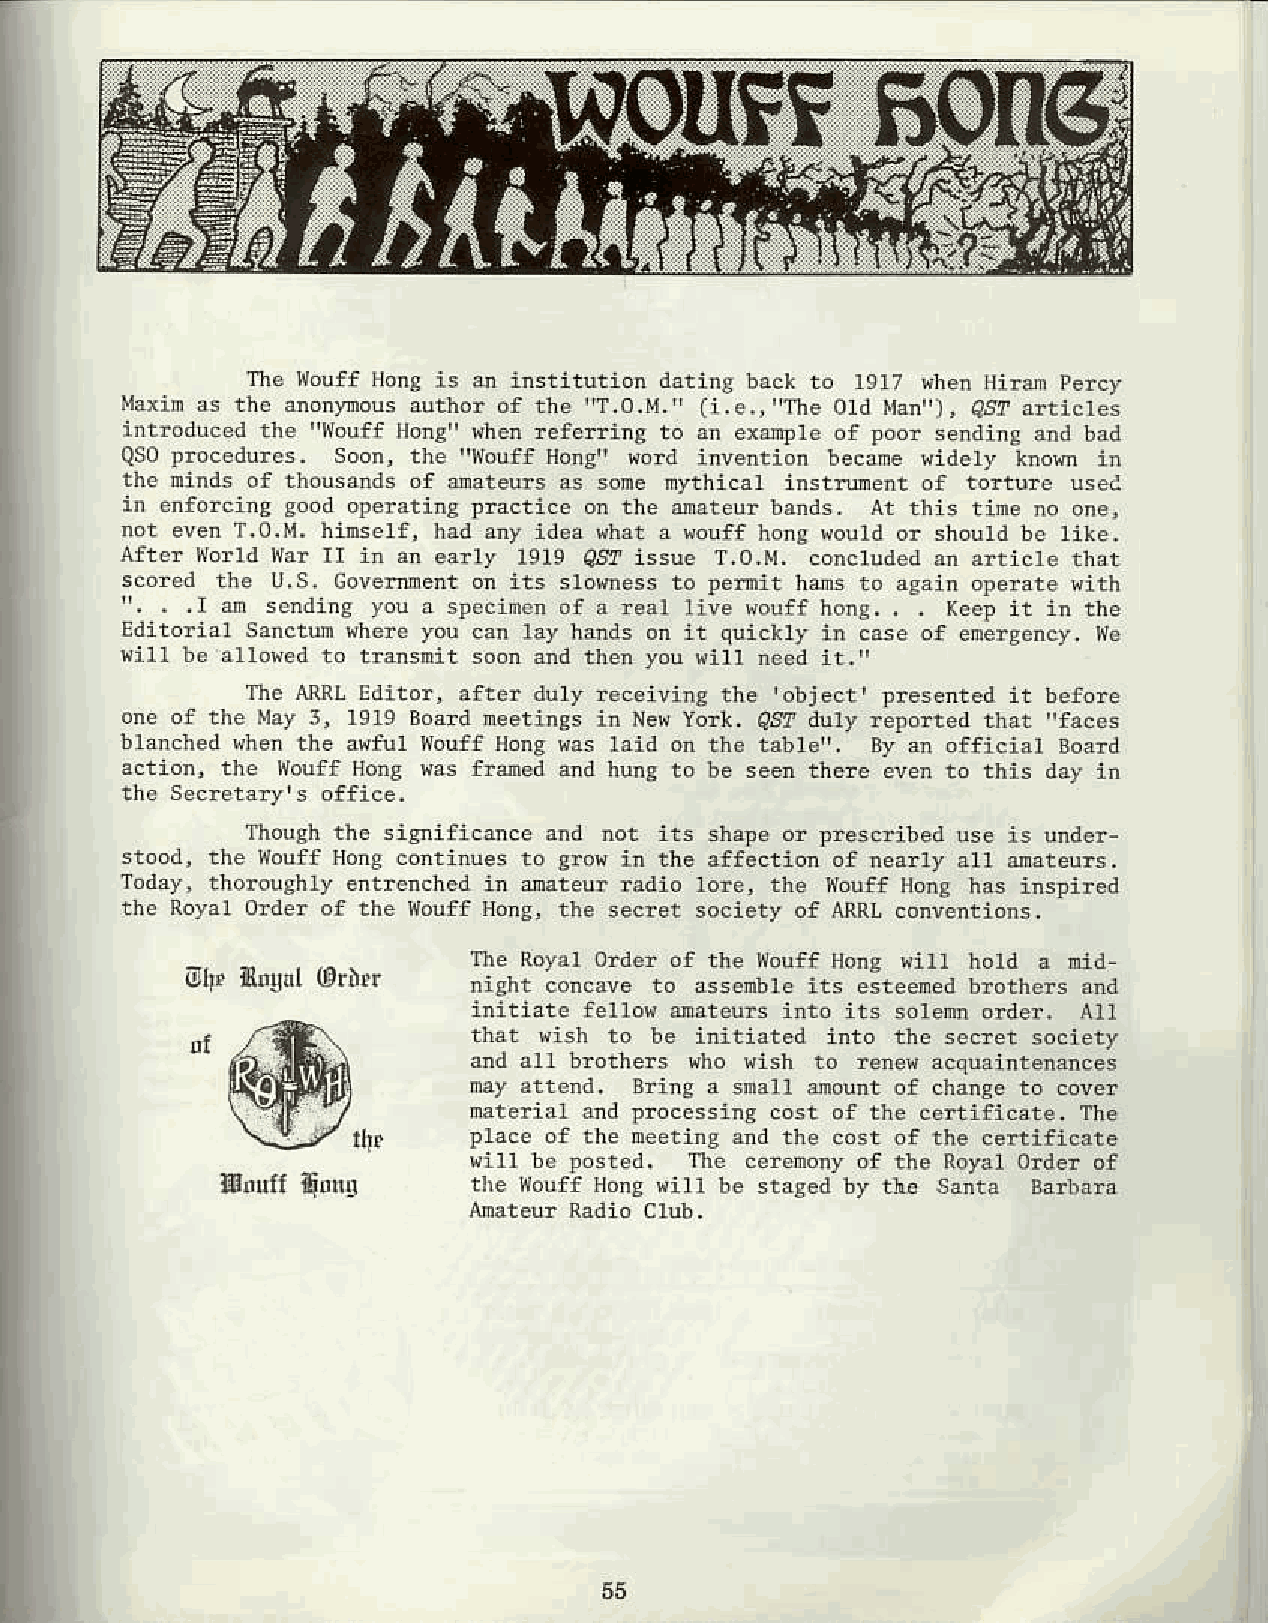
The wouff HonS is an institution datins bac* to 1917 ,nen $!aj percy
 iaiin as 'l- rnolFou- "uthor of 'r"       , 1" O d fi-'" , Qs?d rtilte:
 "wouff
 Hon8" trhen referir! to an ex?d?1e of poor sendir! and bad
 iil{ouff
 QSot iocedurcs. soonj the   Hons( rord invention became videry hon ir
 the ntnds of thousands of rateuls as sone mythical instroent of torture usec
 in enforcirs good oter.tin8 lractic€ o. the $ateur b.nds, at this tine rc one,
 hinser{, had any idea rhat a vouff }on8 vould or should be rike.
 Afte. world r{.r II ir an early 1919 0S? issue r.o.M. concluded an articrc that
 Covetuert on its sloqess to penit nds to asain operate uith
 you a specincn of a.ear live vouff hong. , Xeep it in tne
 Editorial sanctum rhere you can lay hands on it quickly ir case of enelgency, l{e
 to tlansnit soon and then you rirr need ir.,'
 Thc ARRI-f ditorj aftea duly receivirg the lobject, llesented it before
 one of rhe Nay 3, 1919 Board neetings in Ner Yorl<. 4,5? duly reForted that 'ifaces
 blanched ,hen the avfrl {ouff }long ras taid on the tabrei'- Dy an official Board
 action, th€ llouff Hong {as frded and hung to be sed tneae ewer to this day in
 thc secrctary's office.
 fiough the si$ificaace and not its shape or lrescribed use is lnder-
 5 ood. tle iouff do.g co.ri-,e! ro g-or in tl-e aaf;.' on o! neJ,y stl 4.reurs
 Today, tholoughly entr€ncned ir oateu! ladio rore, the Nouff Hon! hs insrired
 tne Royal Order of the l{ouff Ho.s, the seclet society of ARRLc onventlons,
 111eR oyar order of th€ rouff Hone r r hord a nid-
 0h. {i$ol (D,|\lr
 night concave to ass€nble lts esteenedb rothe$ and
 r1i'ra'A -eltol
 'r< sole ofter. All
 be initiated into th€ secret society
 a.d arr horhers uho vish to te.er acquairtenanc€s
 a snall 4ount of chanset o cov€r
 nateriat and proc€ssing cost of the csrtificate- T.e
 llt"    place of the neeting and the cost of the certificate
 ,i1r b. losted. The cerenonyo f the Royal order of
 gdnll fitrr!    tlre vouff HonsY ill be staged by ti€